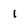
Character: 1